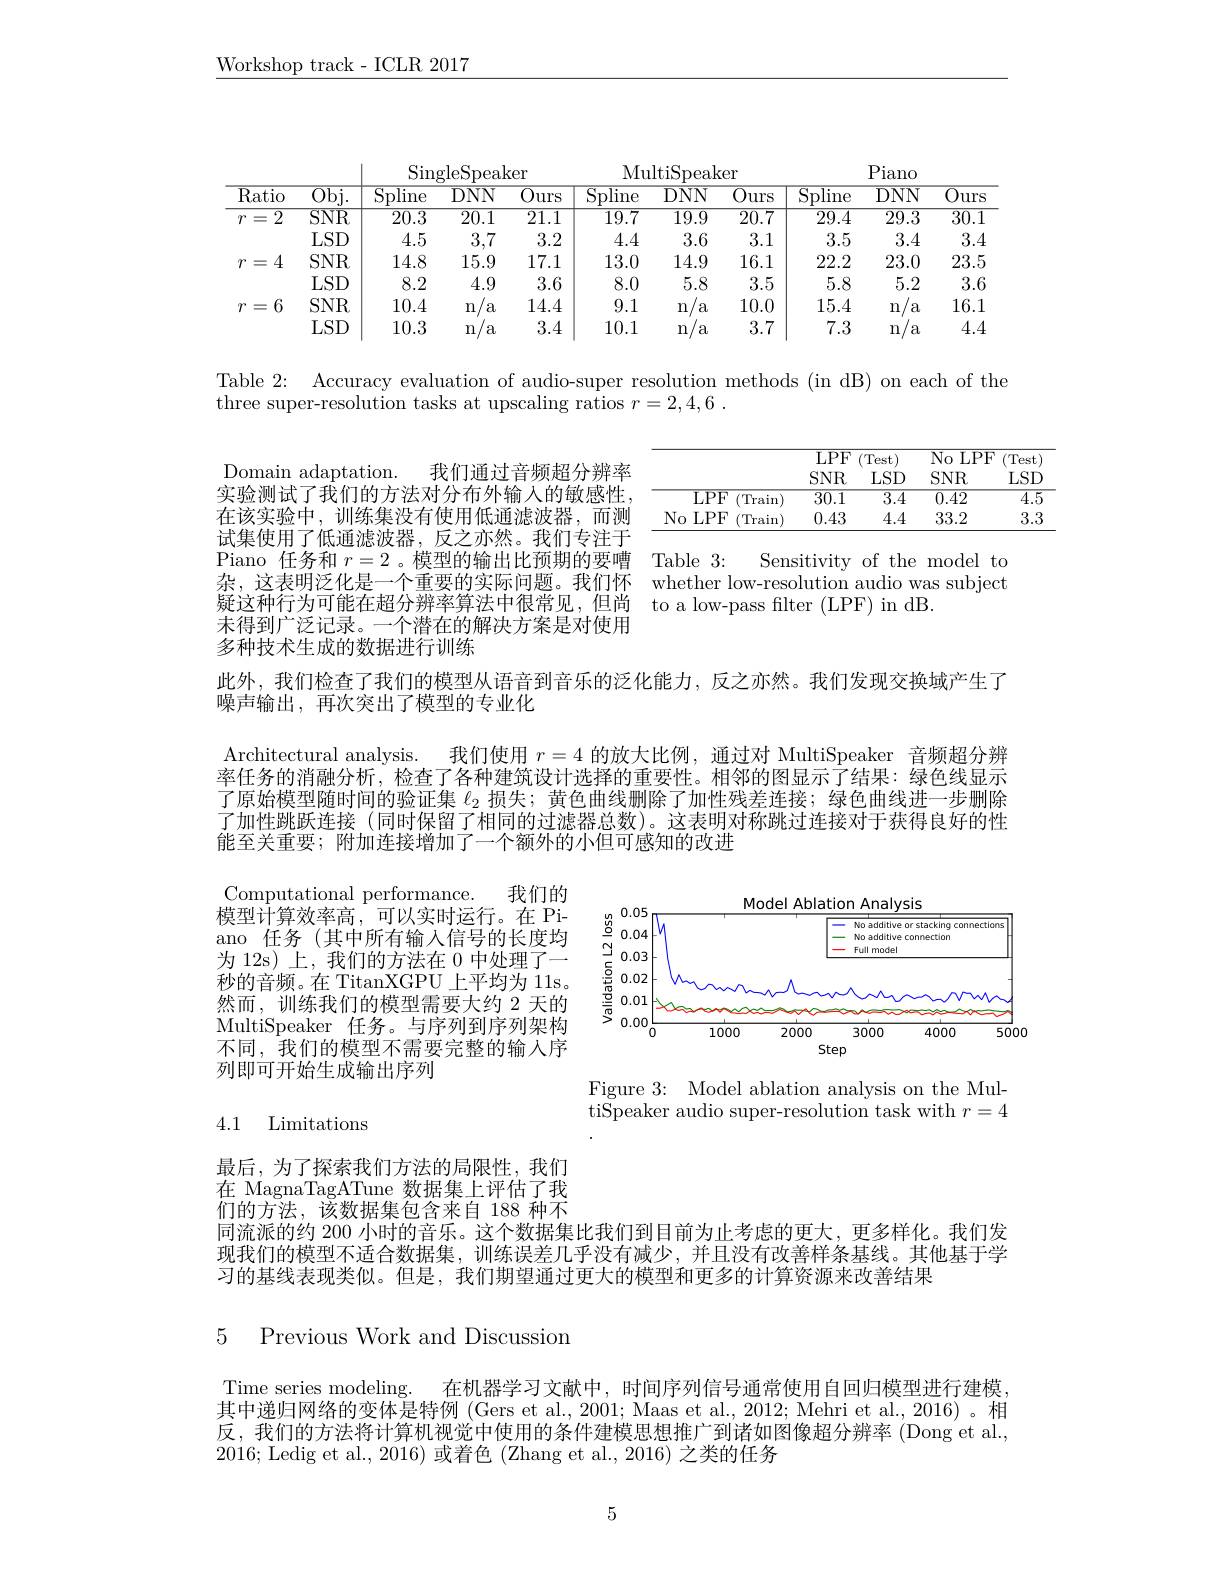
Workshop track - ICLR 2017

<table>
	<tbody>
		<tr>
			<th rowspan="2">$\overline{\mathrm{Ratio}}$</th>
			<th rowspan="2">$\overline{\mathrm{Obj}}.$</th>
			<th colspan="3">SingleSpeaker</th>
			<th colspan="3">MultiSpeaker</th>
			<th colspan="3">Piano</th>
		</tr>
		<tr>
			<th>$\overline{\mathrm{Spline}}$</th>
			<th>$\overline{\mathrm{DNN}}$</th>
			<th>$\overline{\mathrm{Ours}}$</th>
			<th>$\overline{\mathrm{Spline}}$</th>
			<th>$\overline{\mathrm{DNN}}$</th>
			<th>$\overline{\mathrm{Ours}}$</th>
			<th>$\overline{\mathrm{Spline}}$</th>
			<th>$\overline{\mathrm{DNN}}$</th>
			<th>$\overline{Ours}$</th>
		</tr>
		<tr>
			<td rowspan="2">$\overline{2}$ 7 三</td>
			<td>$\overline{\mathrm{SNR}}$</td>
			<td>20.3</td>
			<td>$\overline{20.1}$</td>
			<td>$\overline{21.1}$</td>
			<td>$\overline{19.7}$</td>
			<td>$\overline{19.9}$</td>
			<td>$\overline{20.7}$</td>
			<td>$\overline{29.4}$</td>
			<td>$\overline{29.3}$</td>
			<td>$\overline{30.1}$</td>
		</tr>
		<tr>
			<td>$LSD$</td>
			<td>4.5</td>
			<td>3,7</td>
			<td>3.2</td>
			<td>4.4</td>
			<td>3.6</td>
			<td>3.1</td>
			<td>3.5</td>
			<td>3.4</td>
			<td>3.4</td>
		</tr>
		<tr>
			<td rowspan="2">4 7 三</td>
			<td>$SNR$</td>
			<td>14.8</td>
			<td>15.9</td>
			<td>17.1</td>
			<td>13.0</td>
			<td>14.9</td>
			<td>16.1</td>
			<td>22.2</td>
			<td>23.0</td>
			<td>23.5</td>
		</tr>
		<tr>
			<td>$LSD$</td>
			<td>8.2</td>
			<td>4.9</td>
			<td>3.6</td>
			<td>8.0</td>
			<td>5.8</td>
			<td>3.5</td>
			<td>5.8</td>
			<td>5.2</td>
			<td>3.6</td>
		</tr>
		<tr>
			<td rowspan="2">6 7 三</td>
			<td>$SNR$</td>
			<td>10.4</td>
			<td>n a</td>
			<td>14.4</td>
			<td>9.1</td>
			<td>n a</td>
			<td>10.0</td>
			<td>15.4</td>
			<td>n a</td>
			<td>16.1</td>
		</tr>
		<tr>
			<td>$LSD$</td>
			<td>10.3</td>
			<td>n a</td>
			<td>3.4</td>
			<td>10.1</td>
			<td>n a</td>
			<td>3.7</td>
			<td>7.3</td>
			<td>n a</td>
			<td>4.4</td>
		</tr>
	</tbody>
</table>

Table 2:

Accuracy evaluation of audio-super resolution methods (in dB) on each of the

three super-resolution tasks at upscaling ratios $r=2,4,6$

<table>
	<tbody>
		<tr>
			<th> </th>
			<th>$\overline{\mathrm{LPF}}$</th>
			<th>(Test</th>
			<th>$\overline{No}$ LP.</th>
			<th>$F$ Test</th>
		</tr>
		<tr>
			<th> </th>
			<th>$\overline{\mathrm{LPF}}$ $SNR$</th>
			<th>(Test) $LSD$</th>
			<th>$\overline{\text{No I}}$ LP. $SNR$</th>
			<th>$F$ (Test) $LSD$</th>
		</tr>
		<tr>
			<th> </th>
			<th>$\overline{\mathrm{LPF}}$ $SNR$</th>
			<th>(Test) $LSD$</th>
			<th>$\overline{\mathrm{No}}.$ $LPI$ 1 $SNR$</th>
			<th>$F$ (Test) $LSD$</th>
		</tr>
		<tr>
			<td>${\mathrm{LPF}}$ (Train</td>
			<td>$\overline{30.1}$</td>
			<td>$\overline{3.4}$</td>
			<td>0.42</td>
			<td>$\overline{4.5}$</td>
		</tr>
		<tr>
			<td>$No$ ,LPF (Train</td>
			<td>0.43</td>
			<td>4.4</td>
			<td>33.2</td>
			<td>3.3</td>
		</tr>
	</tbody>
</table>

Domain adaptation.
我们通过音频超分辨率
实验测试了我们的方法对分布外输入的敏感性， 在该实验中，训练集没有使用低通滤波器，而测试集使用了低通滤波器，反之亦然。我们专注于Piano 任务和$r=2$ 。模型的输出比预期的要嘈杂，这表明泛化是一个重要的实际问题。我们怀 whether low-resolution audio was subject
疑这种行为可能在超分辨率算法中很常见，但尚 to a low-pass filter (LPF) in dB.
末得到广泛记录。一个潜在的解决方案是对使用
多种技术生成的数据进行训练

${\mathrm{Table}}3\colon$
Sensitivity of the model to

此外，我们检查了我们的模型从语音到音乐的泛化能力，反之亦然。我们发现交换域产生了
噪声输出，再次突出了模型的专业化

Architectural analysis. 我们使用$r=4$的放大比例，通过对 MultiSpeaker 音频超分辨率任务的消融分析，检查了各种建筑设计选择的重要性。相邻的图显示了结果：绿色线显示了原始模型随时间的验证集$\ell_{2}$损失；黄色曲线删除了加性残差连接；绿色曲线进一步删除了加性跳跃连接 (同时保留了相同的过滤器总数)。这表明对称跳过连接对于获得良好的性能至关重要；附加连接增加了一个额外的小但可感知的改进

<FigureHere>

Computational performance. 我们的$\bar{\text{模型计算效率高，可以实时运行。在 Pi-}}$ ano 任务(其中所有输入信号的长度均为 12s) 上，我们的方法在 0 中处理了一秒的音频。在 TitanXGPU 上平均为 11s。然而，训练我们的模型需要大约 2 天的MultiSpeaker 任务。与序列到序列架构不同，我们的模型不需要完整的输入序列即可开始生成输出序列

Figure 3: Model ablation analysis on the MultiSpeaker audio super-resolution task with $r=4$

4.1 Limitations

最后，为了探索我们方法的局限性，我们在 MagnaTagATune 数据集上评估了我$\vec{\text{们的方法，该数据集包含来自 188 种不}}$ 同流派的约 200 小时的音乐。这个数据集比我们到目前为止考虑的更大，更多样化。我们发现我们的模型不适合数据集，训练误差几乎没有减少，并且没有改善样条基线。其他基于学习的基线表现类似。但是，我们期望通过更大的模型和更多的计算资源来改善结果

# 5 Previous Work and Discussion

Time series modeling. 在机器学习文献中，时间序列信号通常使用自回归模型进行建模其中递归网络的变体是特例 (Gers et al., 2001; Maas et al., 2012; Mehri et al., 2016)。相反，我们的方法将计算机视觉中使用的条件建模思想推广到诸如图像超分辨率(Dong et al., 2016; Ledig et al., 2016) 或着色(Zhang et al., 2016) 之类的任务

5